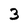
Character: 3